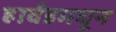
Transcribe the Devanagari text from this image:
हार्वडमधून